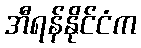
အီရန်နိုင်ငံက